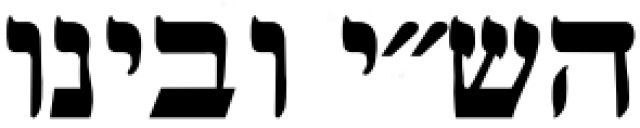
הש״י ובינו